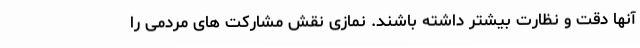
آنها دقت و نظارت بیشتر داشته باشند. نمازی نقش مشارکت های مردمی را